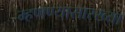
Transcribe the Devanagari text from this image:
म्हणण्यासारख्या